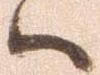
ハ